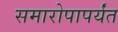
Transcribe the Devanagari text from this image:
समारोपापर्यंत